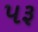
પરૂ